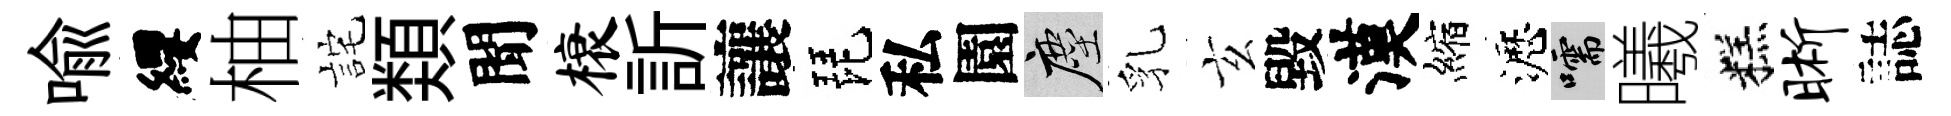
喩纓柚詫𩔖聞榱訢讓琵私園塵乳玄毀漢縮瀝嚅曦糕晰誌